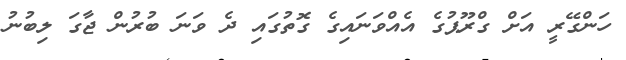
ހަންގޭރީ އަށް ގްރޫޕުގެ އެއްވަނައިގެ ގޮތުގައި ދެ ވަނަ ބުރުން ޖާގަ ލިބުނު